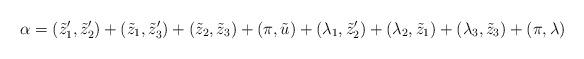
LaTeX: \begin{align*} \alpha=(\tilde{z}'_1,\tilde{z}'_2)+(\tilde{z}_1,\tilde{z}'_3)+ (\tilde{z}_2,\tilde{z}_3)+(\pi, \tilde{u})+ (\lambda_1,\tilde{z}'_2)+ (\lambda_2,\tilde{z}_1)+(\lambda_3,\tilde{z}_3)+(\pi, \lambda)\end{align*}